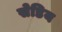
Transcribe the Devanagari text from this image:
सेडिय